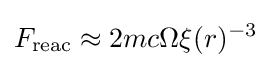
F_{\text{reac}}\approx 2mc\Omega \xi (r)^{-3}